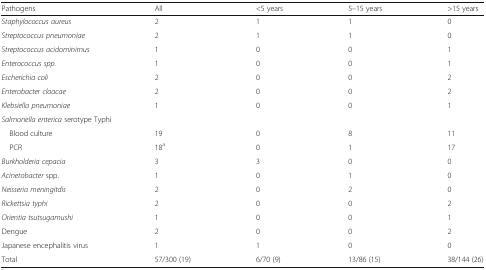
<table><thead><tr><td><b>Pathogens</b></td><td><b>All</b></td><td><b>&lt;5 years</b></td><td><b>5–15 years</b></td><td><b>&gt;15 years</b></td></tr></thead><tbody><tr><td><i>Staphylococcus aureus</i></td><td>2</td><td>1</td><td>1</td><td>0</td></tr><tr><td><i>Streptococcus pneumoniae</i></td><td>2</td><td>1</td><td>1</td><td>0</td></tr><tr><td><i>Streptococcus acidominimus</i></td><td>1</td><td>0</td><td>0</td><td>1</td></tr><tr><td><i>Enterococcus spp.</i></td><td>1</td><td>0</td><td>0</td><td>1</td></tr><tr><td><i>Escherichia coli</i></td><td>2</td><td>0</td><td>0</td><td>2</td></tr><tr><td><i>Enterobacter cloacae</i></td><td>2</td><td>0</td><td>0</td><td>2</td></tr><tr><td><i>Klebsiella pneumoniae</i></td><td>1</td><td>0</td><td>0</td><td>1</td></tr><tr><td colspan="5"><i>Salmonella enterica</i> serotype Typhi</td></tr><tr><td> Blood culture</td><td>19</td><td>0</td><td>8</td><td>11</td></tr><tr><td> PCR</td><td>18<sup>a</sup></td><td>0</td><td>1</td><td>17</td></tr><tr><td><i>Burkholderia cepacia</i></td><td>3</td><td>3</td><td>0</td><td>0</td></tr><tr><td><i>Acinetobacter</i> spp.</td><td>1</td><td>0</td><td>1</td><td>0</td></tr><tr><td><i>Neisseria meningitdis</i></td><td>2</td><td>0</td><td>2</td><td>0</td></tr><tr><td><i>Rickettsia typhi</i></td><td>2</td><td>0</td><td>0</td><td>2</td></tr><tr><td><i>Orientia tsutsugamushi</i></td><td>1</td><td>0</td><td>0</td><td>1</td></tr><tr><td>Dengue</td><td>2</td><td>0</td><td>0</td><td>2</td></tr><tr><td>Japanese encephalitis virus</td><td>1</td><td>1</td><td>0</td><td>0</td></tr><tr><td>Total</td><td>57/300 (19)</td><td>6/70 (9)</td><td>13/86 (15)</td><td>38/144 (26)</td></tr></tbody></table>